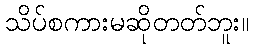
သိပ်စကားမဆိုတတ်ဘူး။